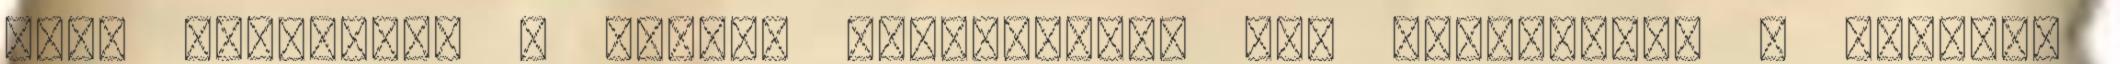
mert beleviszi a lelkét mindenkibe, aki belélegzi. A szélben